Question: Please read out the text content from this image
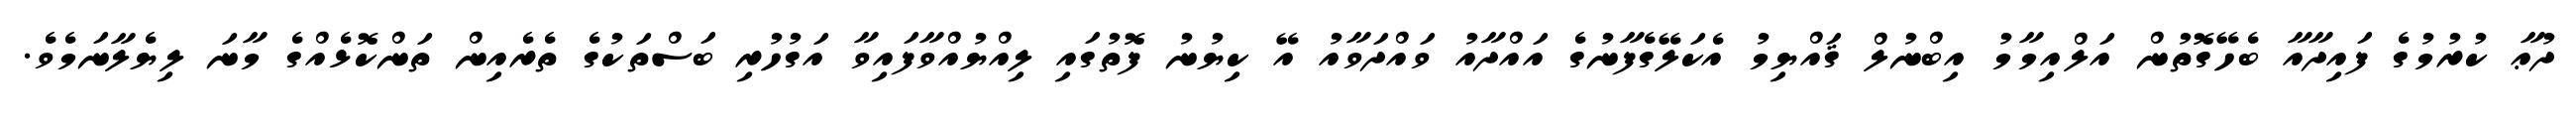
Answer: ދުޢާ ކުރުމުގެ ފައިދާއާ ބެހޭގޮތުން އަލްއިމާމު އިބްނުލް ޤައްޔިމު އެކަލޭގެފާނުގެ އައްދާއު ވައްދަވާއު އޭ ކިޔުނު ފޮތުގައި ލިއްޔުއްވާފައިވާ އަގުހުރި ބަސްތަކުގެ ތެރެއިން ތަންކޮޅެއްގެ މާނަ ލިޔެލާނަމެވެ.